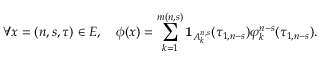
\forall x = ( n , s , \tau ) \in E , \quad \phi ( x ) = \sum _ { k = 1 } ^ { m ( n , s ) } \mathbf { 1 } _ { A _ { k } ^ { n , s } } ( \tau _ { 1 , n - s } ) \varphi _ { k } ^ { n - s } ( \tau _ { 1 , n - s } ) .